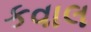
કવાલ